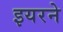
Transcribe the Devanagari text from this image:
इयरने